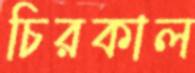
চিরকাল